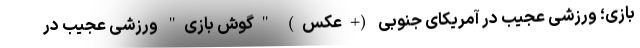
بازی؛ ورزشی عجیب در آمریکای جنوبی (+عکس) "گوش بازی" ورزشی عجیب در